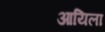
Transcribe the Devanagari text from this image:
आयिला